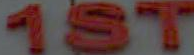
1ST